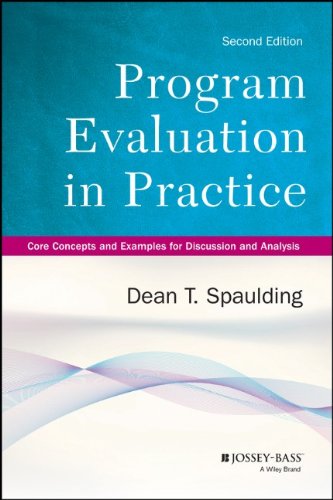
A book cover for Program Evaluation in Practice: Core Concepts and Examples for Discussion and Analysis; Dean T. Spaulding; Education & Teaching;